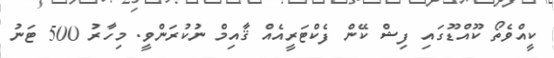
ކީއްވެތޯ ކޫއްޑޫގައި ފިޝް ކޭން ފެކްޓަރީއެއް ޤާއިމް ނުކުރަންވީ. މިހާރު 500 ޓަނު